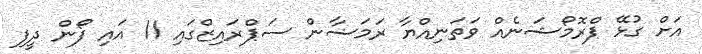
އަށް ގުޅޭ ޕްރޮމޯޝަނެއް ވަތަނިއްޔާ ރަމަޟާން ސަޕްރައިޒްގައި 11 އައި ފޯން ދީފި